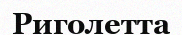
Риголетта